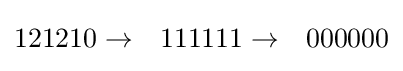
{\begin{matrix}121210\rightarrow &111111\rightarrow &000000\\\end{matrix}}